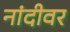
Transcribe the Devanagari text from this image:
नांदीवर